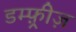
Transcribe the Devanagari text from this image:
डम्फ़्रीज़